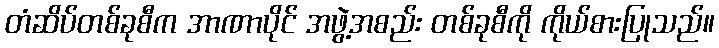
တံဆိပ်တစ်ခုစီက အာဏာပိုင် အဖွဲ့အစည်း တစ်ခုစီကို ကိုယ်စားပြုသည်။